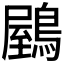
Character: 𪃮